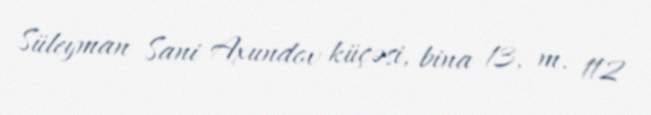
Süleyman Sani Axundov küçəsi, bina 13, m. 112